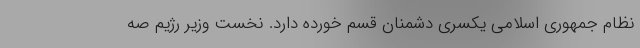
نظام جمهوری اسلامی یکسری دشمنان قسم خورده دارد. نخست وزیر رژیم صه